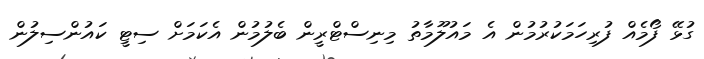
ގުޅޭ ފޯމެއް ފުރިހަމަކުރުމުން އެ މައުލޫމާތު މިނިސްޓްރީން ބެލުމުން އެކަމަށް ސިޓީ ކައުންސިލުން